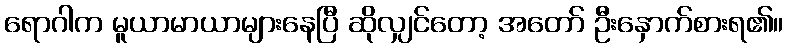
ရောဂါက မူယာမာယာများနေပြီ ဆိုလျှင်တော့ အတော် ဦးနှောက်စားရ၏။